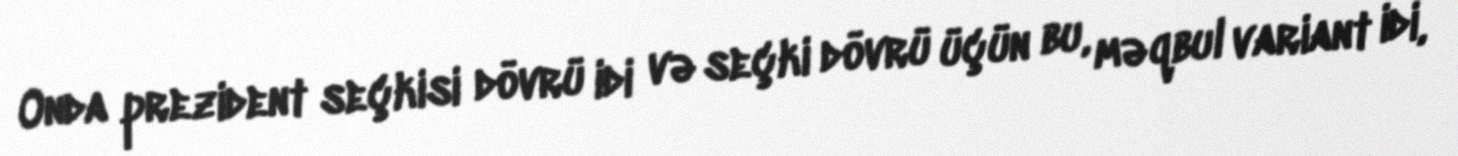
Onda prezident seçkisi dövrü idi və seçki dövrü üçün bu, məqbul variant idi,